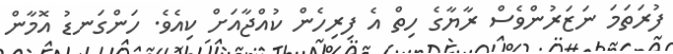
ފުރަތަމަ ނަޒަރުންވެސް ރާޔާގެ ހިތް އެ ފިރިިިިިިހެން ކުއްޖާއަށް ކިއެވެ. ހަންގަނޑު އޮމާން